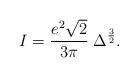
LaTeX: \begin{align*}I = {e^2\sqrt{2}\over 3\pi}\;\Delta^{3\over 2}.\end{align*}